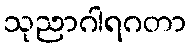
သုညာဂါရဂတာ